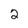
Character: 2